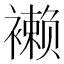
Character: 𧝝